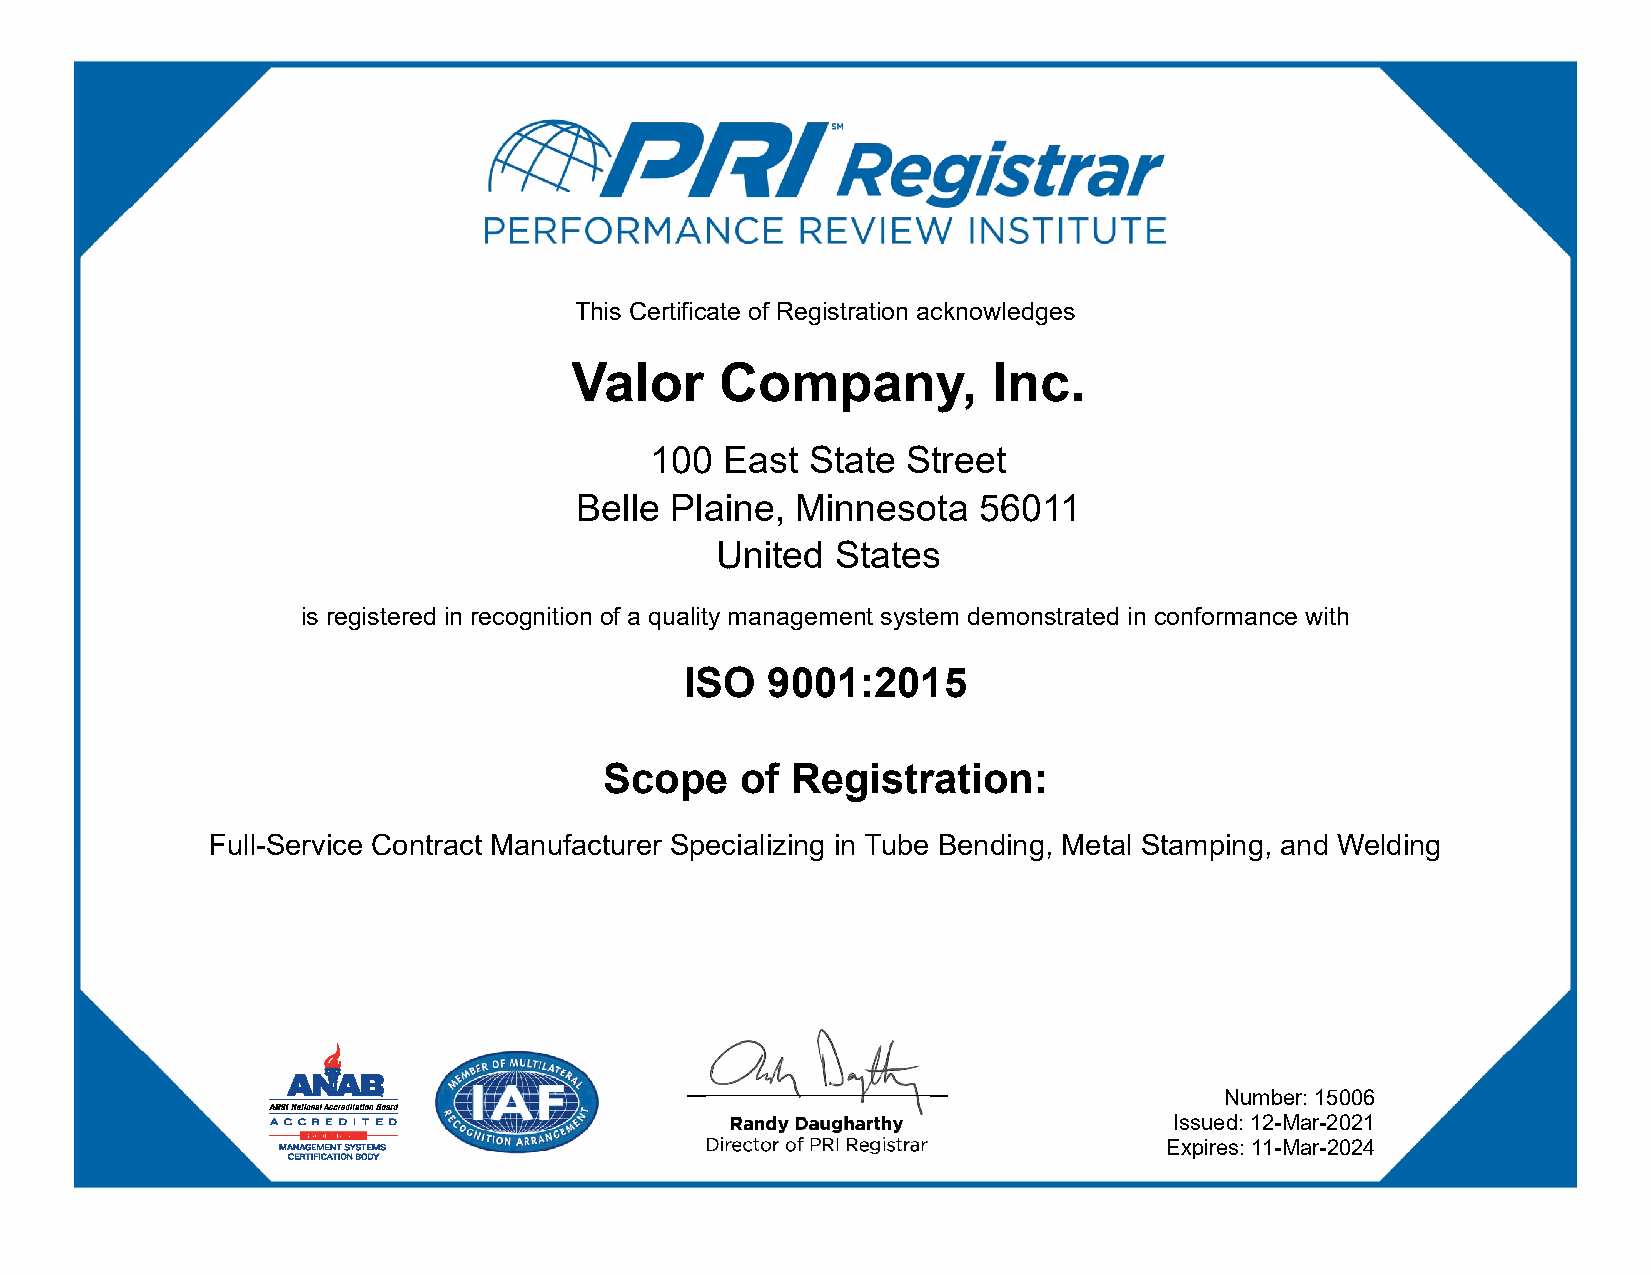
This Certificate of Registration acknowledges
 Valor     Company,          Inc.
 100  East  State Street
 Belle Plaine,  Minnesota   56011
 United  States
 is registered in recognition of a quality management system demonstrated in conformance with
 ISO   9001:2015
 Scope    of Registration:
 Full-Service Contract Manufacturer Specializing in Tube Bending, Metal Stamping, and Welding
 Number: 15006
 Issued: 12-Mar-2021
 Expires: 11-Mar-2024